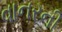
વાનરની